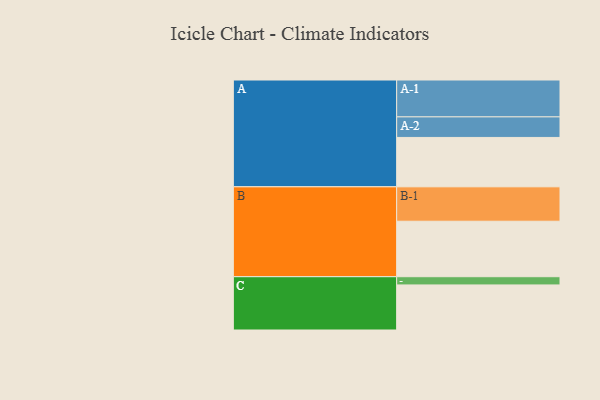
{"axis": {"x": "Segment", "y": "Value"}, "legend": ["", "A", "B", "C"], "data": [{"x": "A", "y": 379, "type": ""}, {"x": "B", "y": 426, "type": ""}, {"x": "C", "y": 346, "type": ""}, {"x": "A-1", "y": 283, "type": "A"}, {"x": "A-2", "y": 158, "type": "A"}, {"x": "B-1", "y": 264, "type": "B"}, {"x": "C-1", "y": 63, "type": "C"}]}